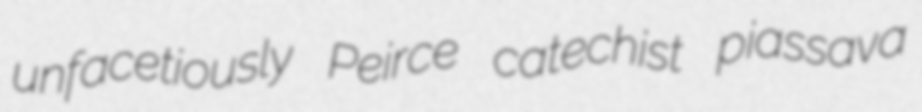
unfacetiously Peirce catechist piassava